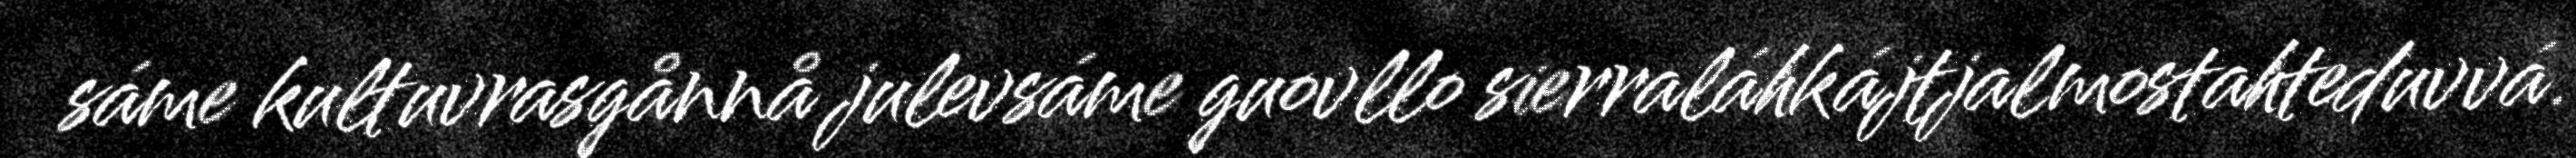
sáme kultuvrasgånnå julevsáme guovllo sierraláhkájtjalmostahteduvvá.